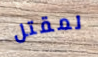
لمقتل